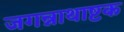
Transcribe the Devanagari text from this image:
जगन्नाथाष्टक